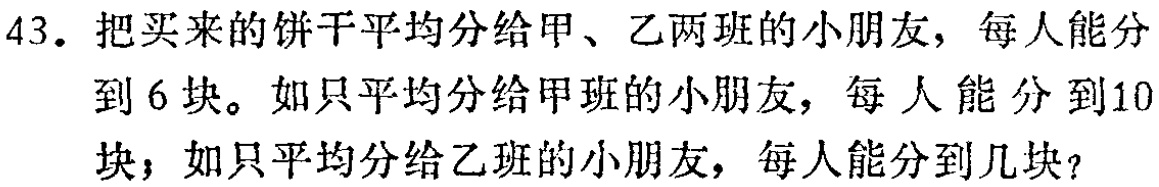
43. 把买来的饼干平均分给甲、乙两班的小朋友，每人能分到6块。如只平均分给甲班的小朋友，每人能分到10块；如只平均分给乙班的小朋友，每人能分到几块？